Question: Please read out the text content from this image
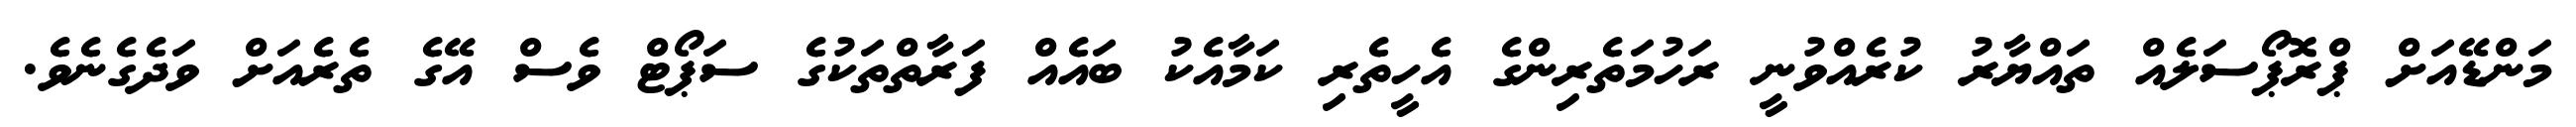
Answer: މަންޑޭއަށް ޕްރޮޕޯސަލެއް ތައްޔާރު ކުރެއްވުނީ ރަހުމަތެރިންގެ އެހީތެރި ކަމާއެކު ބައެއް ފަރާތްތަކުގެ ސަޕޯޓް ވެސް އޭގެ ތެރެއަށް ވަދެގެނެވެ.